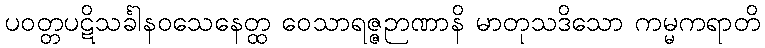
ပဝတ္တပဋိသင်္ခါနဝသေနေတ္ထ ဝေသာရဇ္ဇဉာဏာနိ မာတုသဒိသော ကမ္မကရာတိ